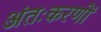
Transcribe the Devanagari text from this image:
अंतःकरणों